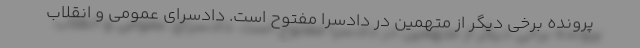
پرونده برخی دیگر از متهمین در دادسرا مفتوح است. دادسرای عمومی و انقلاب